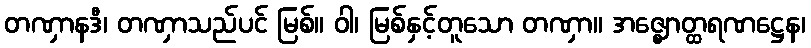
တဏှာနဒီ၊ တဏှာသည်ပင် မြစ်။ ဝါ၊ မြစ်နှင့်တူသော တဏှာ။ အဇ္ဈောတ္ထရဏဋ္ဌေန၊